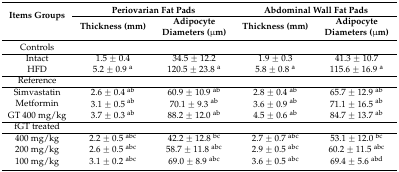
| <ROWSPAN=2> Items Groups | <COLSPAN=2> Periovarian Fat Pads | <COLSPAN=2> Abdominal Wall Fat Pads |
 | Thickness (mm) | Adipocyte Diameters (μm) | Thickness (mm) | Adipocyte Diameters (μm) |
 | --- | --- | --- | --- | --- |
 | Controls |  |  |  |  |
 | Intact | 1.5 ± 0.4 | 34.5 ± 12.2 | 1.9 ± 0.3 | 41.3 ± 10.7 |
 | HFD | 5.2 ± 0.9 a | 120.5 ± 23.8 a | 5.8 ± 0.8 a | 115.6 ± 16.9 a |
 | Reference |  |  |  |  |
 | Simvastatin | 2.6 ± 0.4 ab | 60.9 ± 10.9 ab | 2.8 ± 0.4 ab | 65.7 ± 12.9 ab |
 | Metformin | 3.1 ± 0.5 ab | 70.1 ± 9.3 ab | 3.6 ± 0.9 ab | 71.1 ± 16.5 ab |
 | GT 400 mg/kg | 3.7 ± 0.3 ab | 88.2 ± 12.0 ab | 4.5 ± 0.6 ab | 84.7 ± 13.7 ab |
 | fGT treated |  |  |  |  |
 | 400 mg/kg | 2.2 ± 0.5 abc | 42.2 ± 12.8 bc | 2.7 ± 0.7 abc | 53.1 ± 12.0 bc |
 | 200 mg/kg | 2.6 ± 0.5 abc | 58.7 ± 11.8 abc | 2.9 ± 0.5 abc | 60.2 ± 11.5 abc |
 | 100 mg/kg | 3.1 ± 0.2 abc | 69.0 ± 8.9 abc | 3.6 ± 0.5 abc | 69.4 ± 5.6 abd |